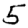
Digit: 5